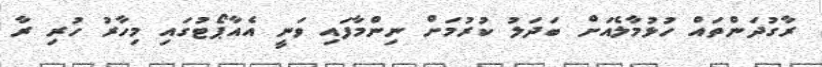
ރާގުދަންތައް ހުޅުމާލެއަށް ބަދަލު ކުރުމަށް ނިންމާފައި ވަނީ އެއާޕޯޓުގައި މިހާރު ހުރި ރާ